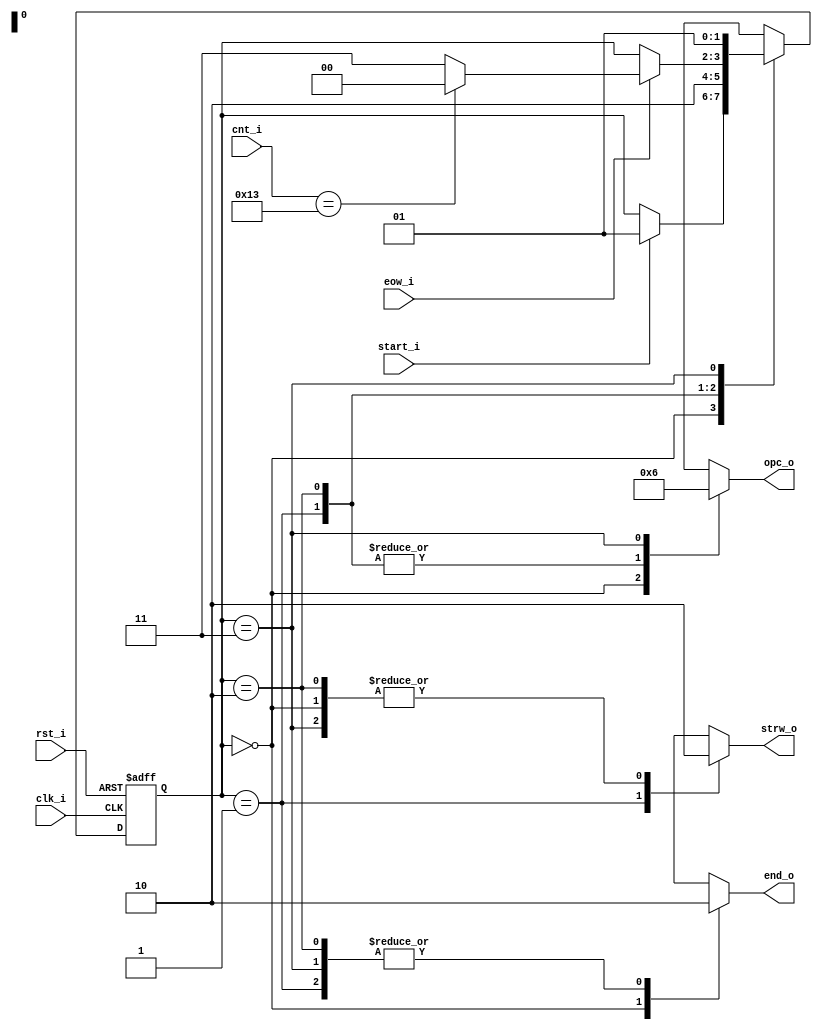
// Name: fsm_spiw.v
//
// Description: Maquina de estados utilizada para controlar (escribir) el ADC.

module fsm_sin_qua (
  input            rst_i,
  input            clk_i,
  input            start_i,
  input      [9:0] cnt_i,
  input            eow_i,
  output reg [1:0] opc_o,
  output reg       strw_o,
  output reg       end_o
);

  localparam [1:0] s0 = 2'b00,
                   s1 = 2'b01,
                   s2 = 2'b10,
                   s3 = 2'b11;

  reg [1:0] present_state, next_state;

  always @(start_i, cnt_i, eow_i, present_state) begin
    next_state = present_state;
    opc_o = 2'b00; strw_o = 1'b0; end_o = 1'b1;
    case (present_state)
      s0 : begin
             opc_o = 2'b00; strw_o = 1'b0; end_o = 1'b1;
             if (start_i)
               next_state = s1;
           end

      s1 : begin
             opc_o = 2'b01; strw_o = 1'b1; end_o = 1'b0;
             next_state = s2;
           end

      s2 : begin
             opc_o = 2'b01; strw_o = 1'b0; end_o = 1'b0;
             if (eow_i) begin
               if (cnt_i == 10'd19)
                next_state = s0;
               else
                next_state = s3;
             end
           end

      s3 : begin
             opc_o = 2'b10; strw_o = 1'b0; end_o = 1'b0;
             next_state = s1;
           end 

      default: begin
                 next_state = s0;
               end
    endcase
  end

  always @(posedge clk_i, posedge rst_i) begin
    if (rst_i)
      present_state <= s0;
    else
      present_state <= next_state;
  end

endmodule